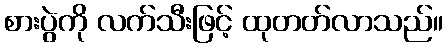
စားပွဲကို လက်သီးဖြင့် ထုတတ်လာသည်။